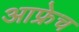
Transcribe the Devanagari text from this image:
आफ्रेच